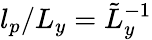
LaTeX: l_{p}/L_{y}=\tilde{L}_{y}^{-1}